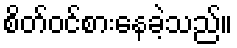
စိတ်ဝင်စားနေခဲ့သည်။